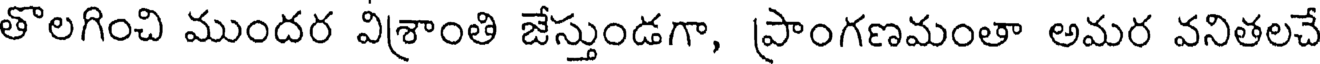
తొలగించి ముందర విశ్రాంతి జేస్తుండగా, ప్రాంగణమంతా అమర వనితలచే